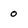
Character: o